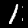
Digit: 1